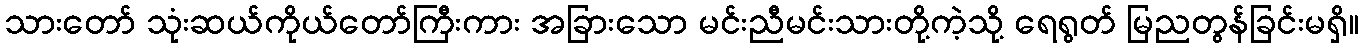
သားတော် သုံးဆယ်ကိုယ်တော်ကြီးကား အခြားသော မင်းညီမင်းသားတို့ကဲ့သို့ ရေရွတ် မြညတွန်ခြင်းမရှိ။